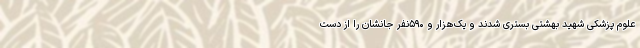
علوم پزشکی شهید بهشتی بستری شدند و یک‌هزار و ۵۹۰نفر جانشان را از دست